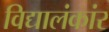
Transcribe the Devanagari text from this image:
विद्यालंकांर